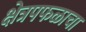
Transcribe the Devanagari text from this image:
क्षेत्रपफळाचा